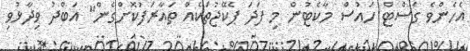
އެހެންވެ ގެސްޓް ހައުސް މާކެޓުން މި ފަދަ ޕެކޭޖުތަކެއް ތައާރަފުކޮށްގެން" އަބްދު ވިދާޅުވި